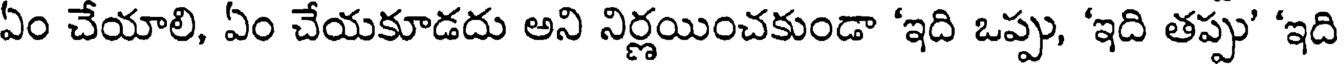
ఏం చేయాలి, ఏం చేయకూడదు అని నిర్ణయించకుండా 'ఇది ఒప్పు, 'ఇది తప్పు' 'ఇది